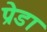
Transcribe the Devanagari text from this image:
प्रेडा